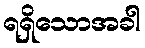
ရရှိသောအခါ